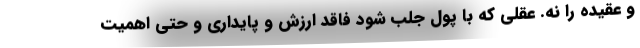
و عقیده را نه. عقلی که با پول جلب شود فاقد ارزش و پایداری و حتی اهمیت